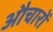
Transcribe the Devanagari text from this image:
औचारों